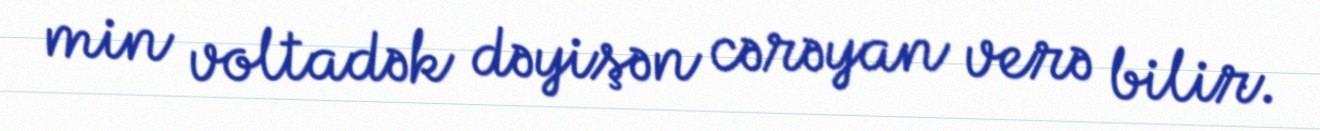
min voltadək dəyişən cərəyan verə bilir.